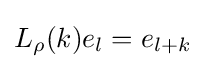
L_{\rho }(k)e_{l}=e_{l+k}